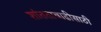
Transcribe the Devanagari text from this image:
शांततावाढीसाठी